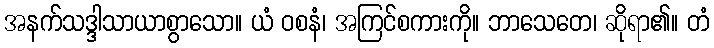
အနက်သဒ္ဒါသာယာစွာသော။ ယံ ဝစနံ၊ အကြင်စကားကို။ ဘာသေတေ၊ ဆိုရာ၏။ တံ